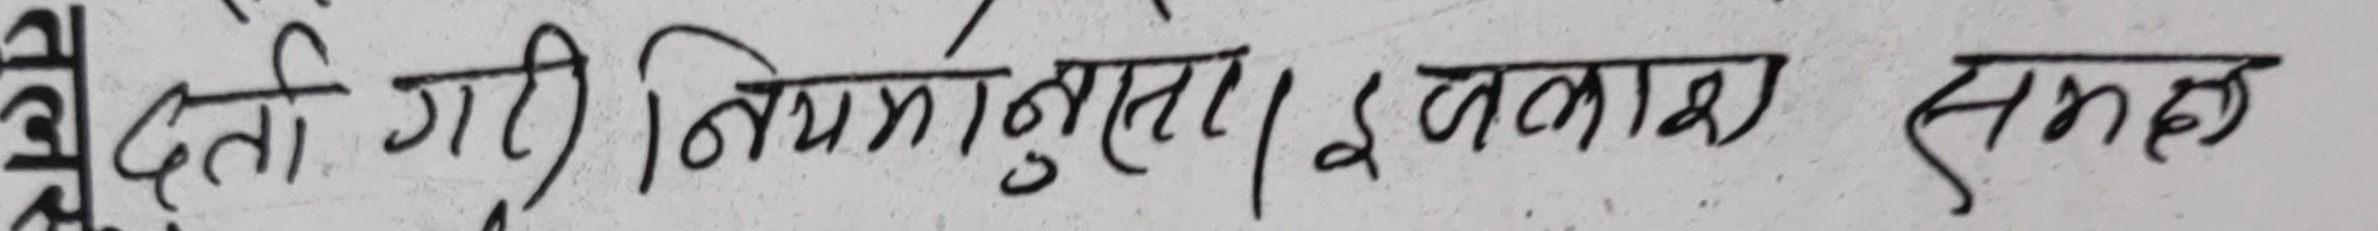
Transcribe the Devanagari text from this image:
दिती गी) नियमानुसार।(इजालाश सम्झ